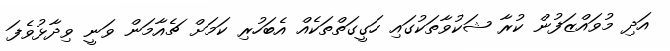
އަދި މުވައްޒަފުން ކުރާ ޝަކުވާތަކުގައި ހަގީގަތްތަކެއް އެބަހުރި ކަމަށް ޗެއާމަން ވަނީ ވިދާޅުވެފަ